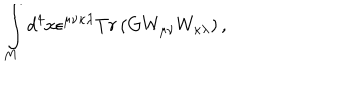
LaTeX: \int _ { M } d ^ { 4 } x \epsilon ^ { \mu \nu \kappa \lambda } T r \left( G W _ { \mu \nu } W _ { \kappa \lambda } \right) ,